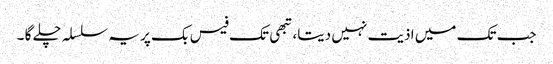
جب تک میں اذیت نہیں دیتا، تبھی تک فیس بک پر یہ سلسلہ چلے گا ۔